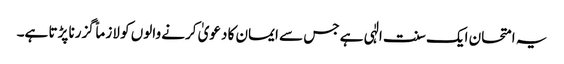
یہ امتحان ایک سنت الٰہی ہے جس سے ایمان کا دعویٰ کرنے والوں کو لازماً گزرنا پڑتا ہے۔